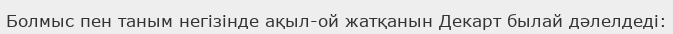
Болмыс пен таным негізінде ақыл-ой жатқанын Декарт былай дәлелдеді: